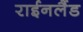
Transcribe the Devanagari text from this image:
राईनलैंड